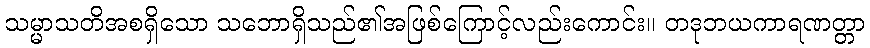
သမ္မာသတိအစရှိသော သဘောရှိသည်၏အဖြစ်ကြောင့်လည်းကောင်း။ တဒုဘယကာရဏတ္တာ